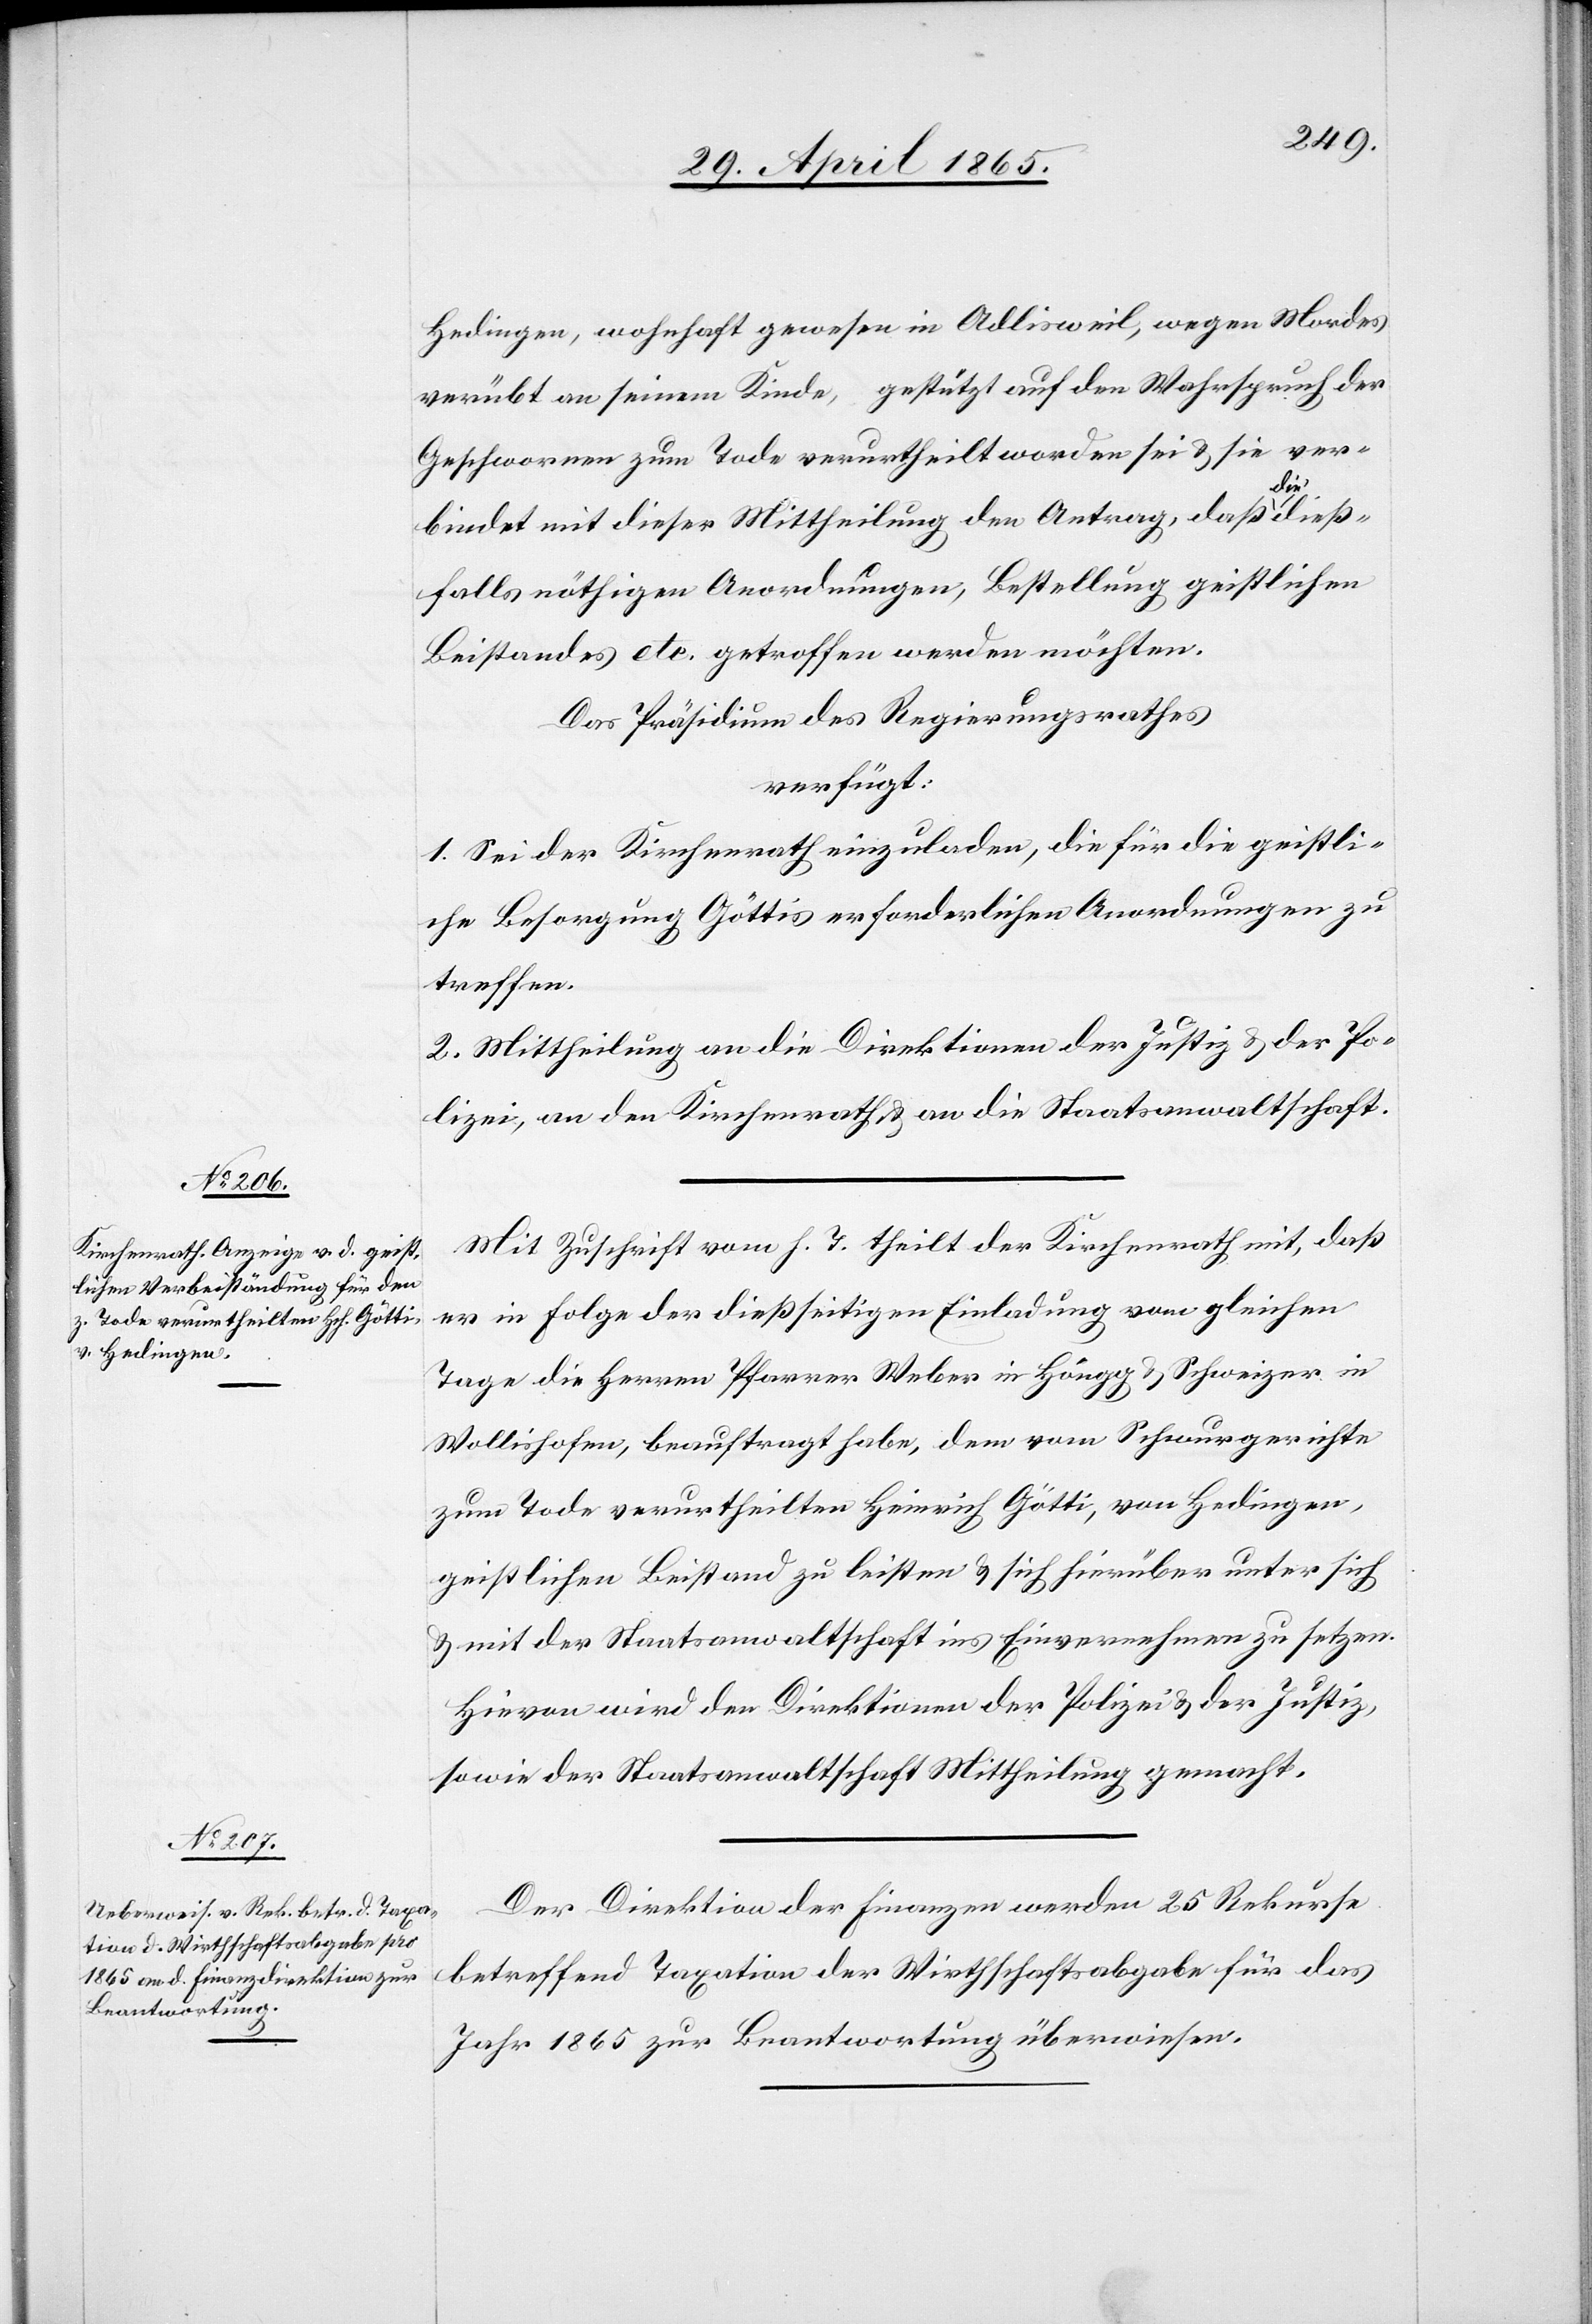
Hedingen, wohnhaft gewesen in Adlisweil, wegen Mordes
verübt an seinem Kinde, gestützt auf den Wahrspruch der
Geschwornen zum Tode verurtheilt worden sei & sie ver¬
2.
Mai
bindet mit dieser Mittheilung den Antrag, daß
falls nöthigen Anordnungen, Bestellung geistlichen
Beistandes etc. getroffen werden möchten.
Das Präsidium des Regierungsrathes
verfügt:
1. Sei der Kirchenrath einzuladen, die für die geistli¬
che Besorgung Göttis erforderlichen Anordnungen zu
treffen.
2. Mittheilung an die Direktion der Justiz & der Po¬
lizei, an den Kirchenrath, & an die Staatsanwaltschaft.
Mit Zuschrift vom h. T. theilt der Kirchenrath mit, daß
er in Folge der dießseitigen Einladung vom gleichen
Tage die Herren Pfarrer Weber in Höngg & Schweizer in
Wollishofen, beauftragt habe, dem vom Schwurgerichte
zum Tode verurtheilten Heinrich Götti, von Hedingen,
geistlichen Beistand zu leisten & sich hierüber unter sich
& mit der Staatsanwaltschaft ins Einvernehmen zu setzen.
Hievon wird der Direktion der Polizei & der Justiz,
sowie der Staatsanwaltschaft Mittheilung gemacht.
Der Direktion der Finanzen werden 25 Rekurse
betreffend Taxation der Wirthschaftsabgabe für das
Jahr 1865 zur Beantwortung überwiesen.